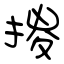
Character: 㨑